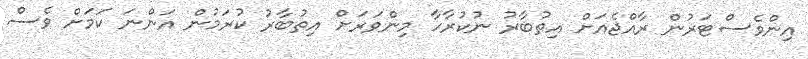
އިންވެސްޓަރުން ރާއްޖެއަށް އިތުބާރު ނުކުރާހާ މިންވަރަށް އިތުބާރު ކުރަމުން އަންނަ ކަމަށް ވެސް